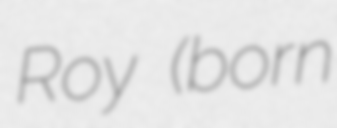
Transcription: Roy (born